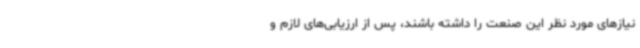
نیازهای مورد نظر این صنعت را داشته باشند، پس از ارزیابی‌های لازم و